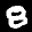
Label: 8